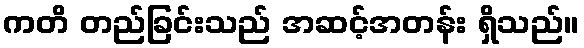
ကတိ တည်ခြင်းသည် အဆင့်အတန်း ရှိသည်။